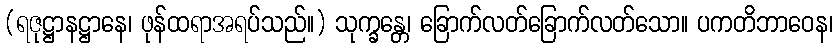
(ရဇုဋ္ဌာနဋ္ဌာနေ၊ ဖုန်ထရာအရပ်သည်။) သုက္ခန္တေ၊ ခြောက်လတ်ခြောက်လတ်သော။ ပကတိဘာဝေန၊